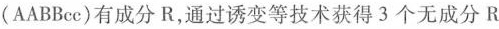
(AABBcc)有成分R，通过诱变等技术获得3个无成分R